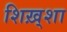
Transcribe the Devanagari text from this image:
शिख़्शा